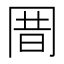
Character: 𰃩